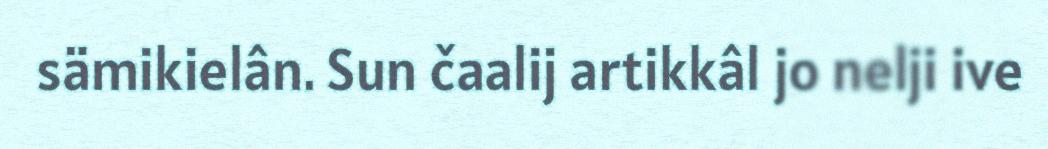
sämikielân. Sun čaalij artikkâl jo nelji ive